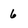
Character: 6